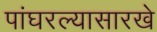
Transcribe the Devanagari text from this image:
पांघरल्यासारखे